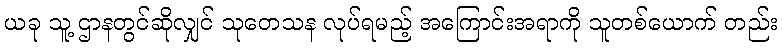
ယခု သူ့ ဌာနတွင်ဆိုလျှင် သုတေသန လုပ်ရမည့် အကြောင်းအရာကို သူတစ်ယောက် တည်း